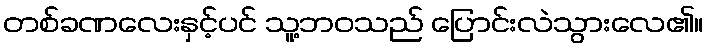
တစ်ခဏလေးနှင့်ပင် သူ့ဘဝသည် ပြောင်းလဲသွားလေ၏။